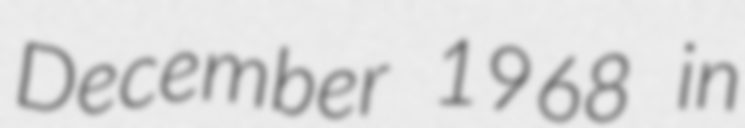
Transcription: December 1968 in